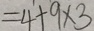
= 4 + 9 \times 3